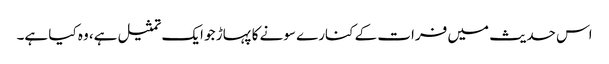
اس حدیث میں فرات کے کنارے سونے کا پہاڑ جو ایک تمثیل ہے، وہ کیا ہے۔